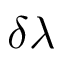
\delta \lambda